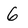
Character: 6